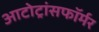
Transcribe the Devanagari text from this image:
आटोट्रांसफॉर्मर